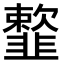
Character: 𩐋